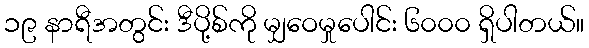
၁၉ နာရီအတွင်း ဒီပို့စ်ကို မျှဝေမှုပေါင်း ၆၀၀၀ ရှိပါတယ်။